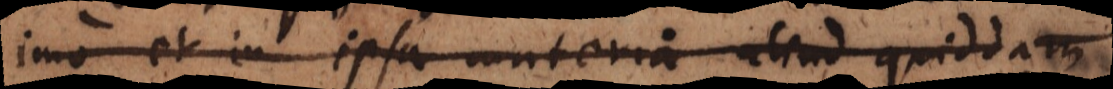
imo et in ipsa materia aliud quiddam